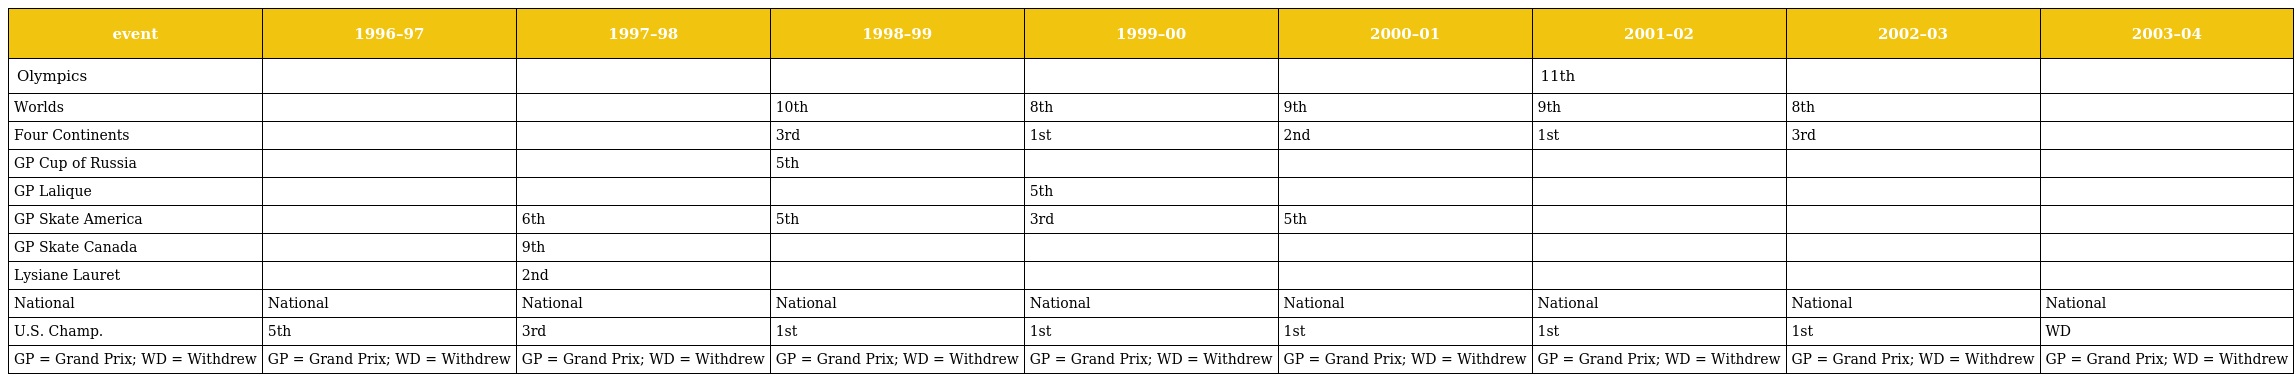
| event | 1996–97 | 1997–98 | 1998–99 | 1999–00 | 2000–01 | 2001–02 | 2002–03 | 2003–04 |
 | --- | --- | --- | --- | --- | --- | --- | --- | --- |
 | Olympics |  |  |  |  |  | 11th |  |  |
 | Worlds |  |  | 10th | 8th | 9th | 9th | 8th |  |
 | Four Continents |  |  | 3rd | 1st | 2nd | 1st | 3rd |  |
 | GP Cup of Russia |  |  | 5th |  |  |  |  |  |
 | GP Lalique |  |  |  | 5th |  |  |  |  |
 | GP Skate America |  | 6th | 5th | 3rd | 5th |  |  |  |
 | GP Skate Canada |  | 9th |  |  |  |  |  |  |
 | Lysiane Lauret |  | 2nd |  |  |  |  |  |  |
 | National | National | National | National | National | National | National | National | National |
 | U.S. Champ. | 5th | 3rd | 1st | 1st | 1st | 1st | 1st | WD |
 | GP = Grand Prix; WD = Withdrew | GP = Grand Prix; WD = Withdrew | GP = Grand Prix; WD = Withdrew | GP = Grand Prix; WD = Withdrew | GP = Grand Prix; WD = Withdrew | GP = Grand Prix; WD = Withdrew | GP = Grand Prix; WD = Withdrew | GP = Grand Prix; WD = Withdrew | GP = Grand Prix; WD = Withdrew |